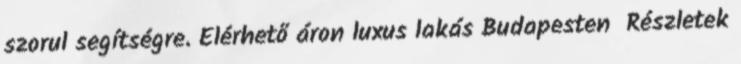
szorul segítségre. Elérhető áron luxus lakás Budapesten Részletek